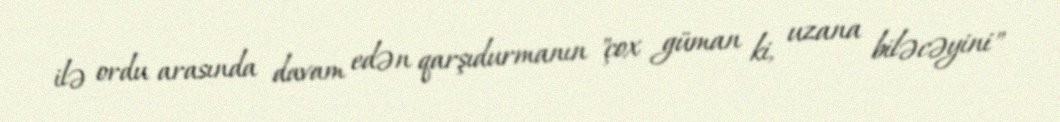
ilə ordu arasında davam edən qarşıdurmanın "çox güman ki, uzana biləcəyini"